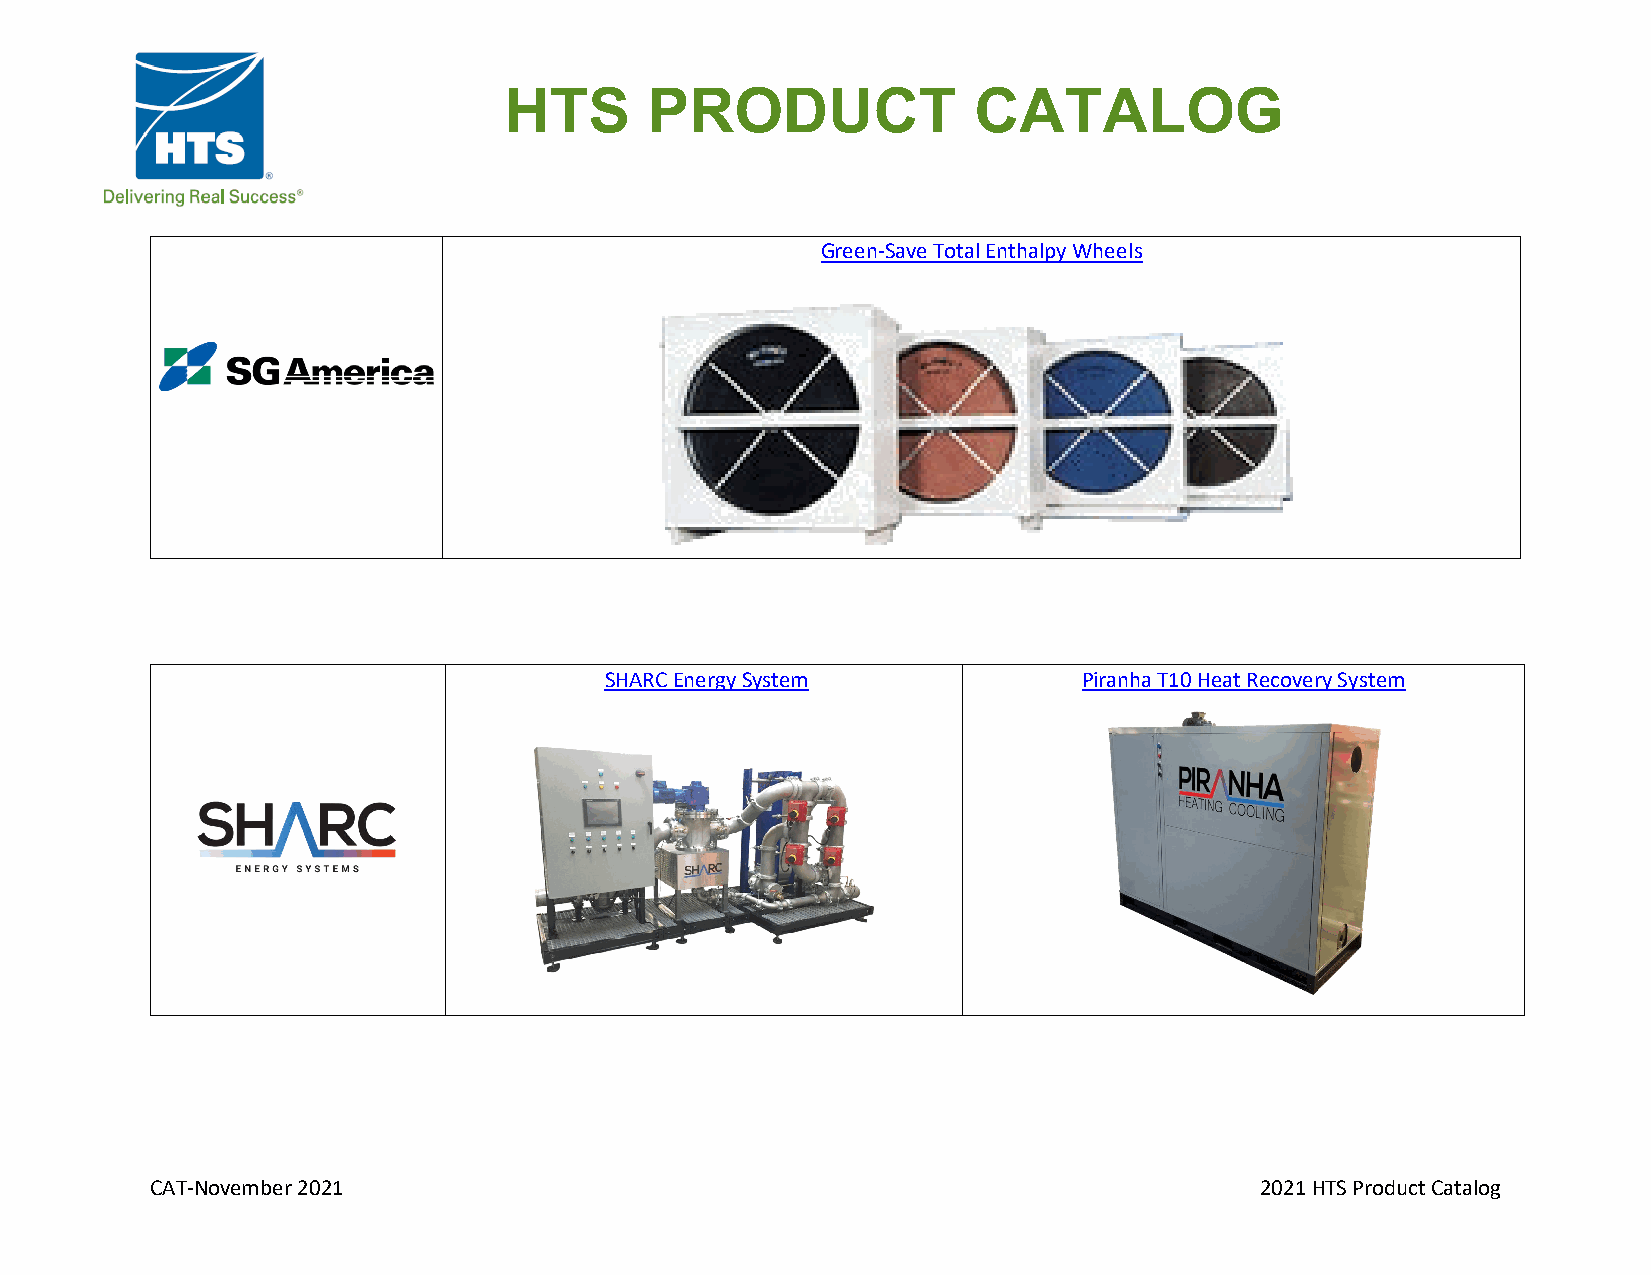
HTS       PRODUCT              CATALOG
 Green-Save Total Enthalpy Wheels
 SHARC Energy System             Piranha T10 Heat Recovery System
 CAT-November 2021                                                        2021 HTS Product Catalog